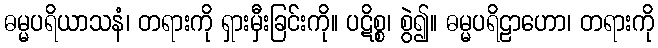
ဓမ္မပရိယာသနံ၊ တရားကို ရှားမှီးခြင်းကို။ ပဋိစ္စ၊ စွဲ၍။ ဓမ္မပရိဠာဟော၊ တရားကို